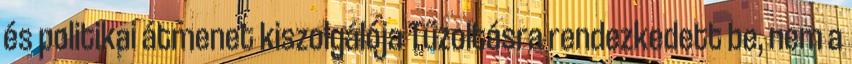
és politikai átmenet kiszolgálója Tűzoltásra rendezkedett be, nem a